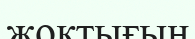
жоқтығын